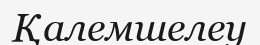
Қалемшелеу